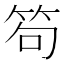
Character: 笱